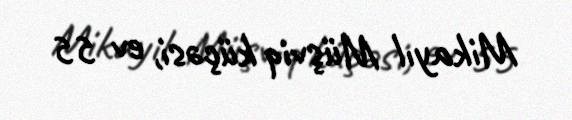
Mikayıl Müşviq küçəsi, ev 55